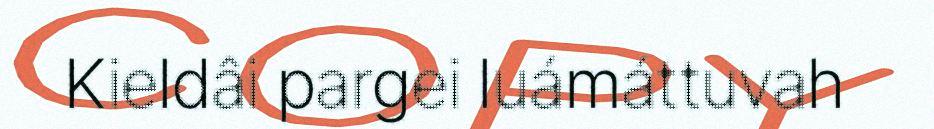
Kieldâi pargei luámáttuvah